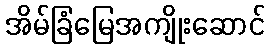
အိမ်ခြံမြေအကျိုးဆောင်